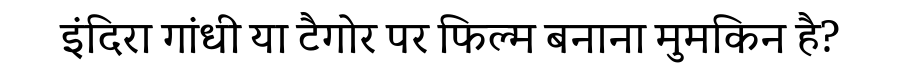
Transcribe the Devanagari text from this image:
इंदिरा गांधी या टैगोर पर फिल्म बनाना मुमकिन है?